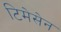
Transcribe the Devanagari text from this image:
टिमेसेन